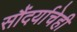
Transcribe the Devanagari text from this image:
सौंदर्याचेही